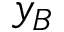
y _ { B }